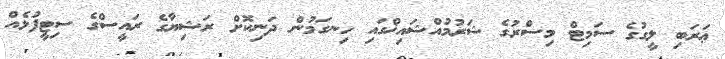
ޢަރަބި ލީގުގެ ސަމިޓް މިސްރުގެ ޝަރުމުއްޝައިޚްގައި ހިނގަމުން ދަނިކޮށް ރަޝިޔާގެ ރައީސްގެ ސިޓީފުޅެއް